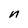
Character: n